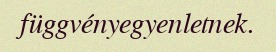
függvényegyenletnek.